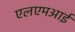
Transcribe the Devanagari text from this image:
एलएमआई